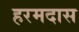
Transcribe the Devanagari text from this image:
हरमदास